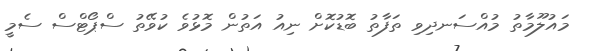
މައުލޫމާތު މުއްސަނދިވި ތަފާތު ބޮޑުކޮށް ނިއު އަތުން މޮޅުވެ ކުވޭތު ސްޕޯޓްސް ސެމީ